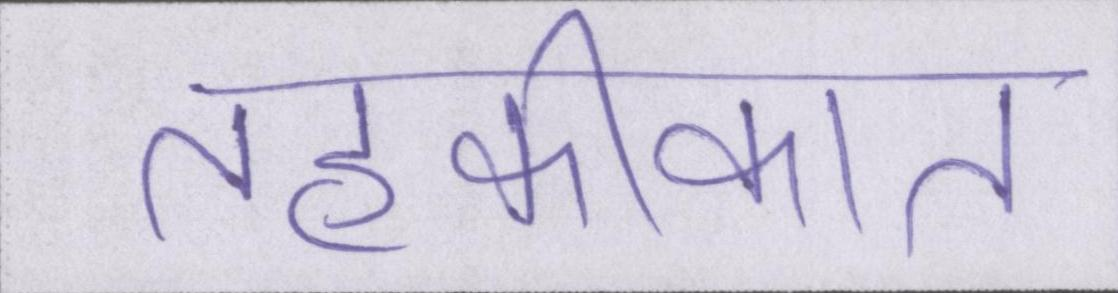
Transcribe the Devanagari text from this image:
तहकीकात